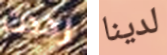
رددت لدينا